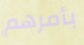
بأمرهم